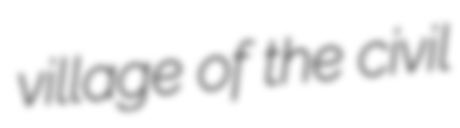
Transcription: village of the civil